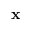
\mathbf { x }